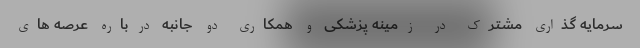
سرمایه گذاری مشترک در زمینه پزشکی و همکاری دو جانبه درباره عرصه های